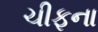
ચીફના